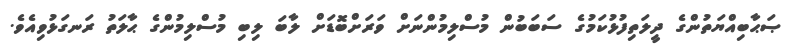
ޞަޙާބިއްޔަތުންގެ ދީލަތިފުޅުކަމުގެ ސަބަބުން މުސްލިމުންނަށް ވަރަށްބޮޑަށް ލާބަ ލިބި މުސްލިމުންގެ ޙާލަތު ރަނގަޅުވިއެވެ.